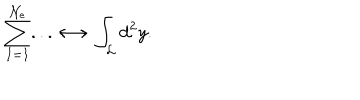
\sum _ { I = 1 } ^ { \mathcal { N } _ { e } } . . . \longleftrightarrow \int _ { \mathcal { L } } d ^ { 2 } y .